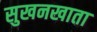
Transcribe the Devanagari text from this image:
सुखनखाता